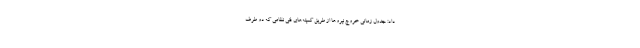
داد: جدول زمانی خروج نیروها از طریق کمیته‌های فنی نظامی که دو طرف